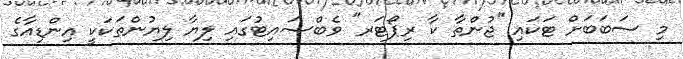
މި ސަބަބަށް ޓަކައި "ޖުންތާ ކާ ރިޕޯޓަރ" ވެބްސައިޓުގައި ލިޔާ ލިޔުންތަކަކީ އިންޑިއާގެ